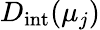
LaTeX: D_{\mathrm{int}}(\mu_{j})